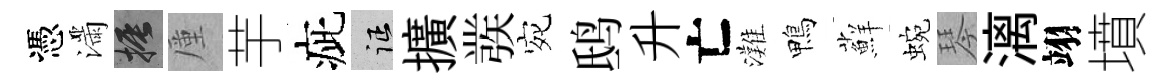
憑滿振厪芋疵征擴彂宛鸱升亡灘鴨蘚蜿琴漓翊墳